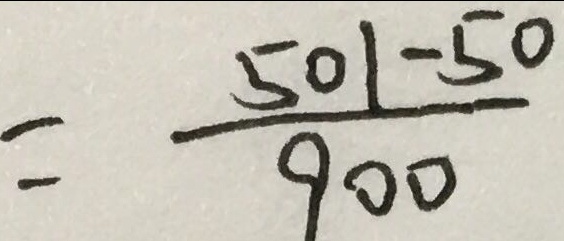
= \frac { 5 0 1 - 5 0 } { 9 0 0 }